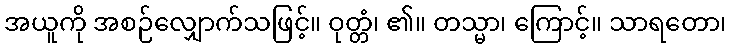
အယူကို အစဉ်လျှောက်သဖြင့်။ ဝုတ္တံ၊ ၏။ တသ္မာ၊ ကြောင့်။ သာရတော၊